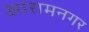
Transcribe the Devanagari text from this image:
आरामनगर